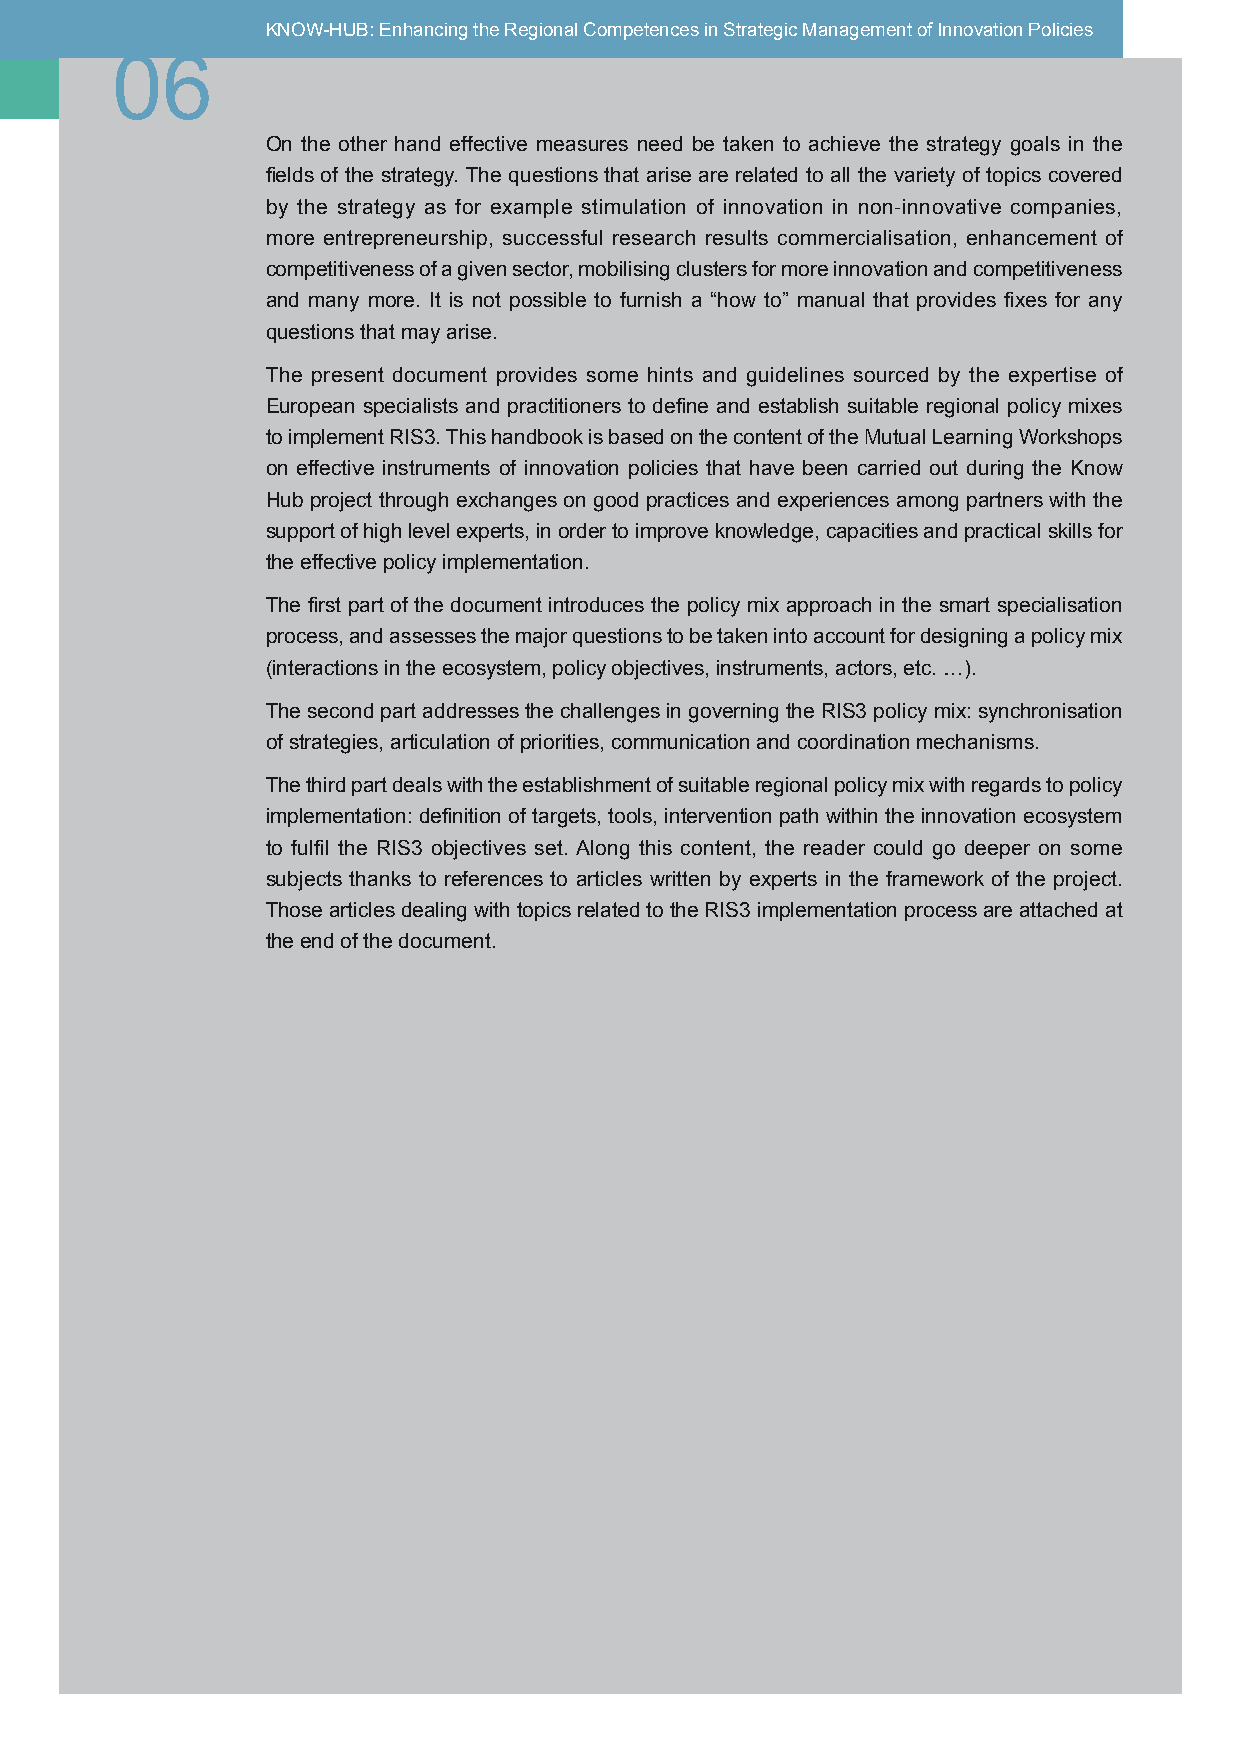
KNOW-HUB: Enhancing the Regional Competences in Strategic Management of Innovation Policies
 06
 06
 On the other hand effective measures need be taken to achieve the strategy goals in the
 fields of the strategy. The questions that arise are related to all the variety of topics covered
 by the strategy as for example stimulation of innovation in non-innovative companies,
 more entrepreneurship, successful research results commercialisation, enhancement of
 competitiveness of a given sector, mobilising clusters for more innovation and competitiveness
 and many more. It is not possible to furnish a “how to” manual that provides fixes for any
 questions that may arise.
 The present document provides some hints and guidelines sourced by the expertise of
 European specialists and practitioners to define and establish suitable regional policy mixes
 to implement RIS3. This handbook is based on the content of the Mutual Learning Workshops
 on effective instruments of innovation policies that have been carried out during the Know
 Hub project through exchanges on good practices and experiences among partners with the
 support of high level experts, in order to improve knowledge, capacities and practical skills for
 the effective policy implementation.
 The first part of the document introduces the policy mix approach in the smart specialisation
 process, and assesses the major questions to be taken into account for designing a policy mix
 (interactions in the ecosystem, policy objectives, instruments, actors, etc. …).
 The second part addresses the challenges in governing the RIS3 policy mix: synchronisation
 of strategies, articulation of priorities, communication and coordination mechanisms.
 The third part deals with the establishment of suitable regional policy mix with regards to policy
 implementation: definition of targets, tools, intervention path within the innovation ecosystem
 to fulfil the RIS3 objectives set. Along this content, the reader could go deeper on some
 subjects thanks to references to articles written by experts in the framework of the project.
 Those articles dealing with topics related to the RIS3 implementation process are attached at
 the end of the document.